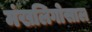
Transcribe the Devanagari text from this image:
मंखलिगोसाल